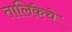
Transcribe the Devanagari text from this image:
तालिकेचे